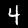
Label: 4